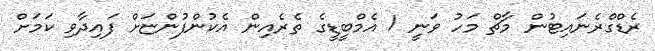
ރެޑްގްރެނައިޓުން މާޗް މަހު ވަނީ 1 އެމްބީޑީގެ ތެރެއިން އެކުންފުންޏަށް ފައިދާވި ކަމަށް